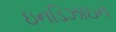
ઇનડિઝાઇન